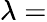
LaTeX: \lambda=